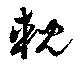
輗